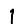
Digit: 1